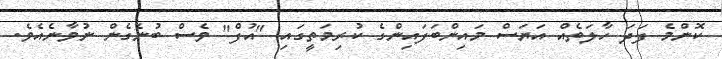
ކޮންމެ ފަދަ ހާލަތެއް އަޔަސް މައިންބަފައިންގެ ކުރިމަތީގައި "އުފް" ވެސް ބުނެގެން ނުވާނެއެވެ.